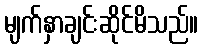
မျက်နှာချင်းဆိုင်မိသည်။